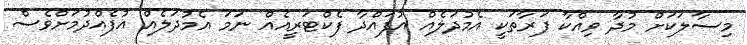
މިސާލަކަށް މުދާ ވިއްކާ ފަރާތަކީ އެމުދަލެއް އުފައްދާ ފެކްޓަރީއެއް ނަމަ އެމުދަލެއް އުފެއްދުމަށްވެސް